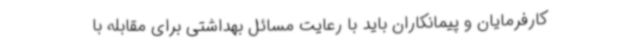
کارفرمایان و پیمانکاران باید با رعایت مسائل بهداشتی برای مقابله با